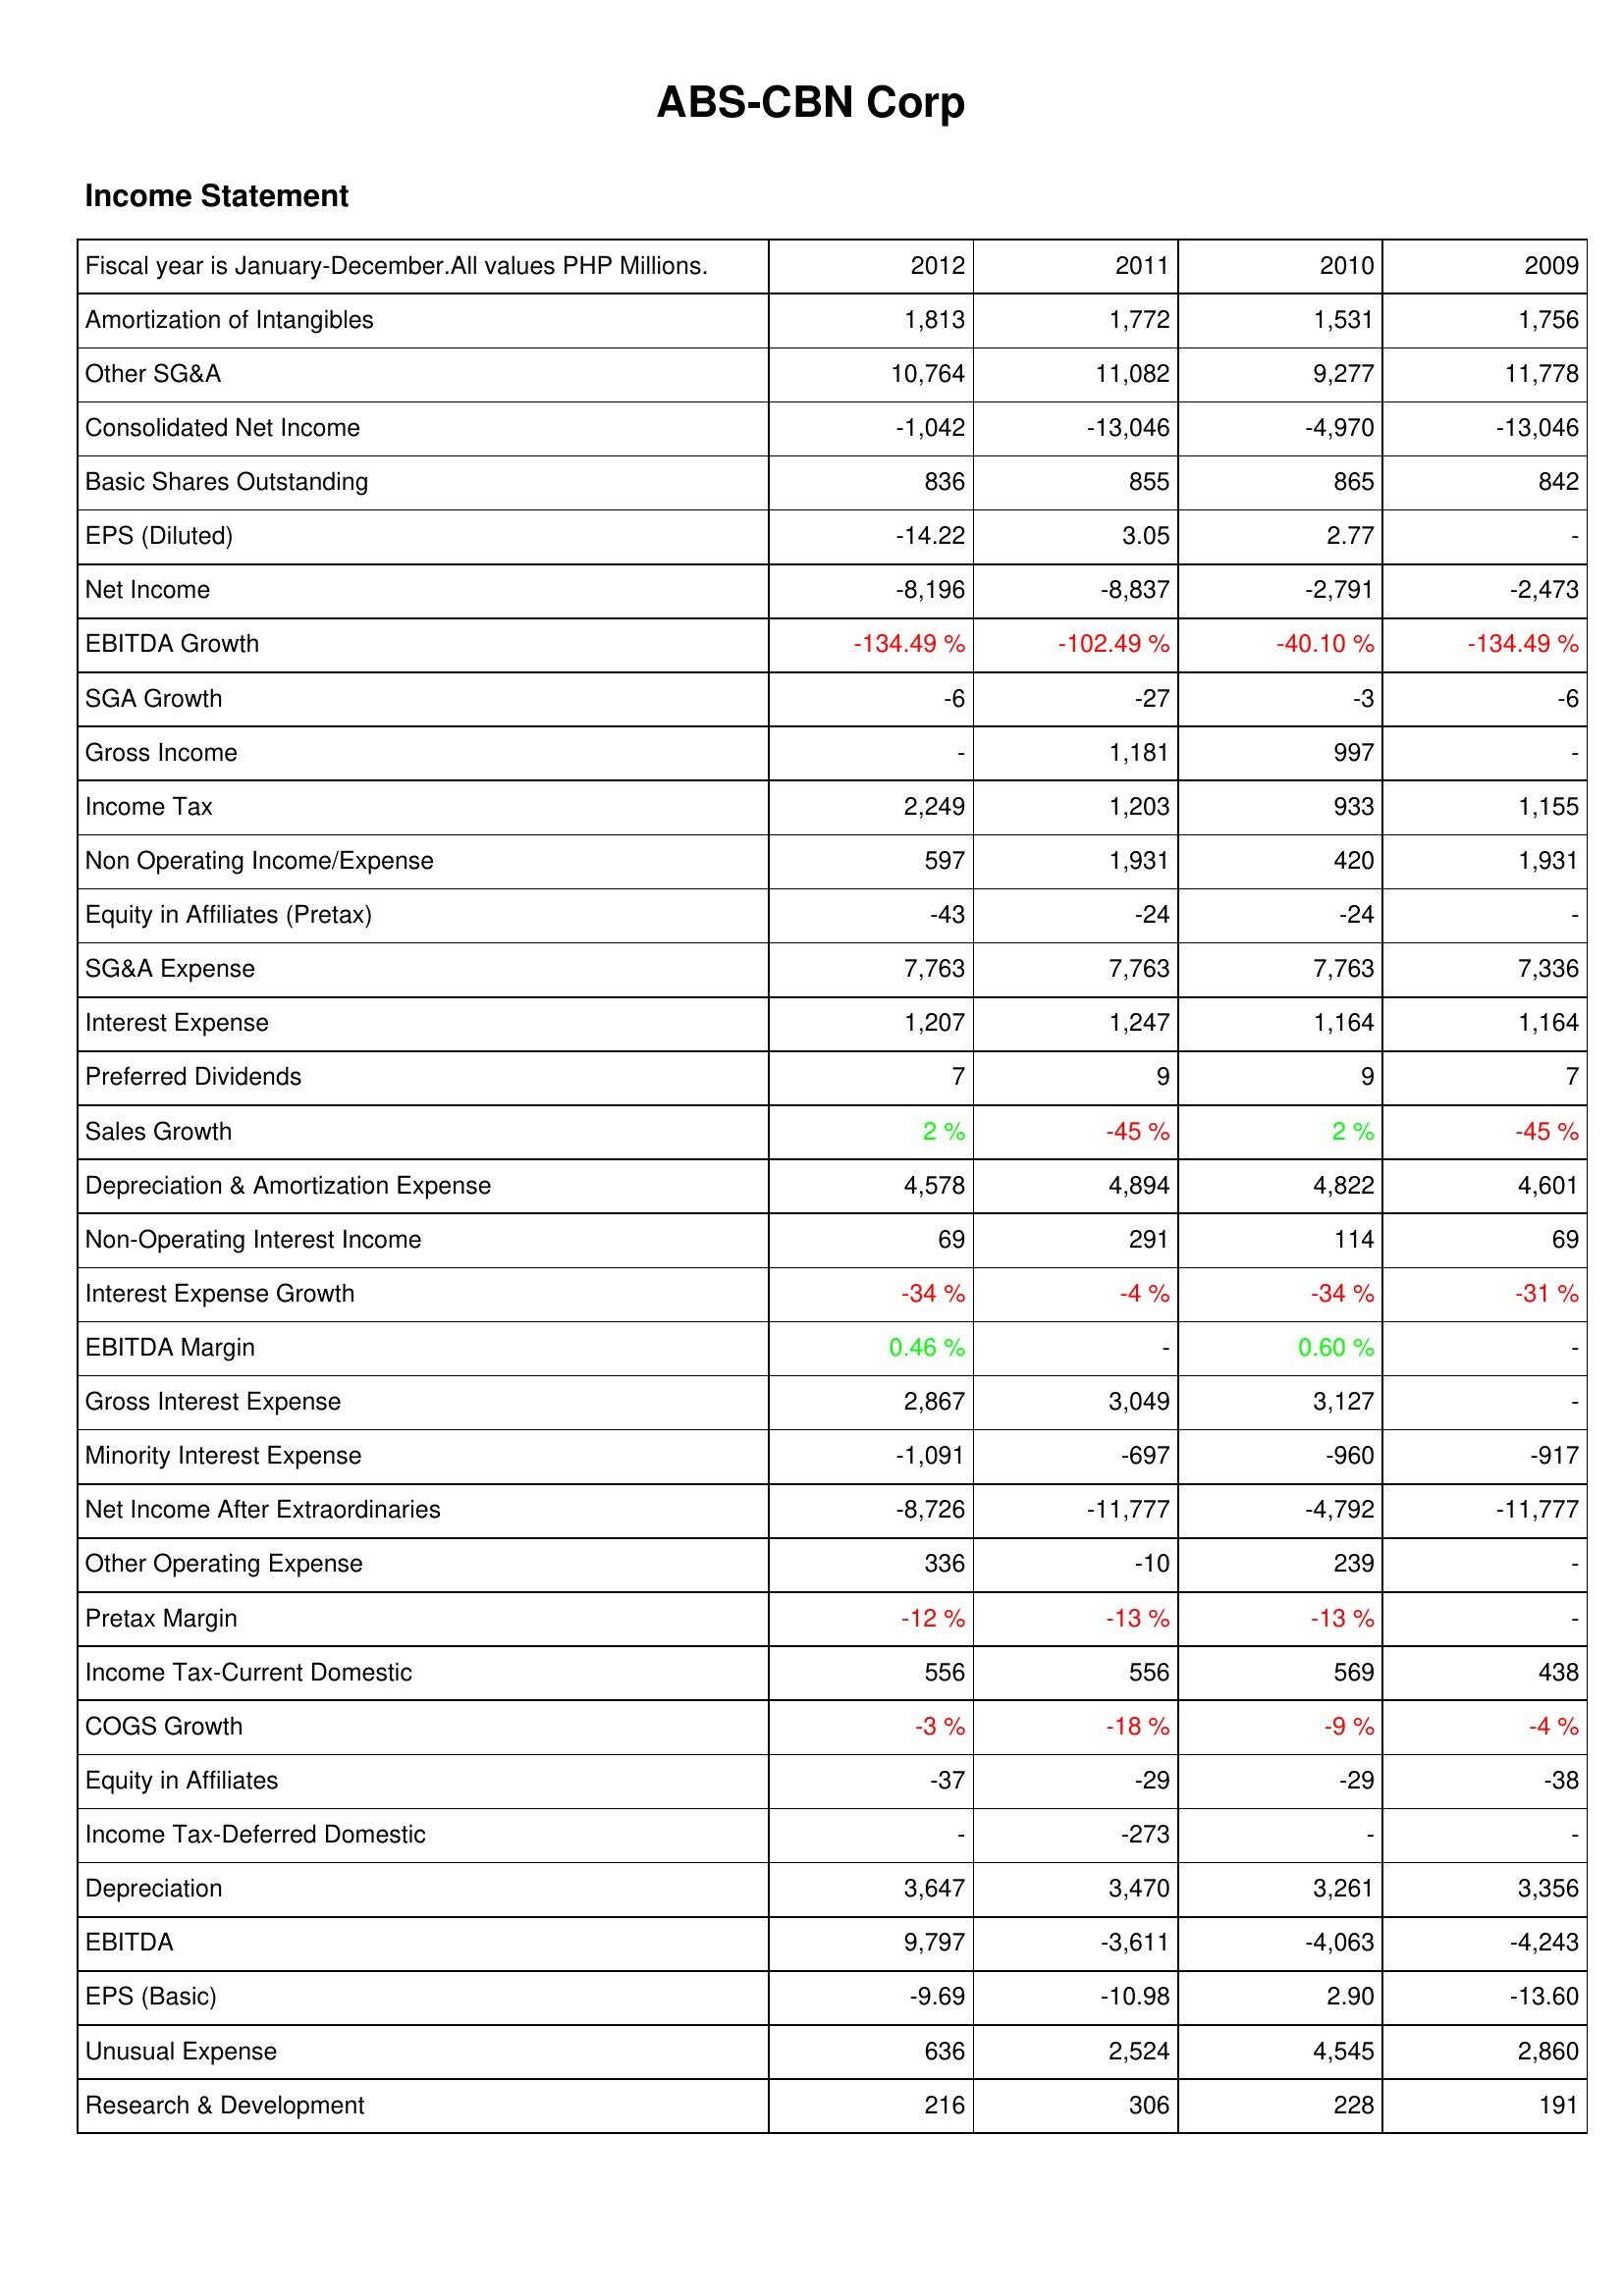
2012: Income Statement: Amortization of Intangibles: 1,813
Other SG&A: 10,764
Consolidated Net Income: -1,042
Basic Shares Outstanding: 836
EPS (Diluted): -14.22
Net Income: -8,196
EBITDA Growth: -134.49 %
SGA Growth: -6
Gross Income: -
Income Tax: 2,249
Non Operating Income/Expense: 597
Equity in Affiliates (Pretax): -43
SG&A Expense: 7,763
Interest Expense: 1,207
Preferred Dividends: 7
Sales Growth: 2 %
Depreciation & Amortization Expense: 4,578
Non-Operating Interest Income: 69
Interest Expense Growth: -34 %
EBITDA Margin: 0.46 %
Gross Interest Expense: 2,867
Minority Interest Expense: -1,091
Net Income After Extraordinaries: -8,726
Other Operating Expense: 336
Pretax Margin: -12 %
Income Tax-Current Domestic: 556
COGS Growth: -3 %
Equity in Affiliates: -37
Income Tax-Deferred Domestic: -
Depreciation: 3,647
EBITDA: 9,797
EPS (Basic): -9.69
Unusual Expense: 636
Research & Development: 216
2011: Income Statement: Amortization of Intangibles: 1,772
Other SG&A: 11,082
Consolidated Net Income: -13,046
Basic Shares Outstanding: 855
EPS (Diluted): 3.05
Net Income: -8,837
EBITDA Growth: -102.49 %
SGA Growth: -27
Gross Income: 1,181
Income Tax: 1,203
Non Operating Income/Expense: 1,931
Equity in Affiliates (Pretax): -24
SG&A Expense: 7,763
Interest Expense: 1,247
Preferred Dividends: 9
Sales Growth: -45 %
Depreciation & Amortization Expense: 4,894
Non-Operating Interest Income: 291
Interest Expense Growth: -4 %
EBITDA Margin: -
Gross Interest Expense: 3,049
Minority Interest Expense: -697
Net Income After Extraordinaries: -11,777
Other Operating Expense: -10
Pretax Margin: -13 %
Income Tax-Current Domestic: 556
COGS Growth: -18 %
Equity in Affiliates: -29
Income Tax-Deferred Domestic: -273
Depreciation: 3,470
EBITDA: -3,611
EPS (Basic): -10.98
Unusual Expense: 2,524
Research & Development: 306
2010: Income Statement: Amortization of Intangibles: 1,531
Other SG&A: 9,277
Consolidated Net Income: -4,970
Basic Shares Outstanding: 865
EPS (Diluted): 2.77
Net Income: -2,791
EBITDA Growth: -40.10 %
SGA Growth: -3
Gross Income: 997
Income Tax: 933
Non Operating Income/Expense: 420
Equity in Affiliates (Pretax): -24
SG&A Expense: 7,763
Interest Expense: 1,164
Preferred Dividends: 9
Sales Growth: 2 %
Depreciation & Amortization Expense: 4,822
Non-Operating Interest Income: 114
Interest Expense Growth: -34 %
EBITDA Margin: 0.60 %
Gross Interest Expense: 3,127
Minority Interest Expense: -960
Net Income After Extraordinaries: -4,792
Other Operating Expense: 239
Pretax Margin: -13 %
Income Tax-Current Domestic: 569
COGS Growth: -9 %
Equity in Affiliates: -29
Income Tax-Deferred Domestic: -
Depreciation: 3,261
EBITDA: -4,063
EPS (Basic): 2.90
Unusual Expense: 4,545
Research & Development: 228
2009: Income Statement: Amortization of Intangibles: 1,756
Other SG&A: 11,778
Consolidated Net Income: -13,046
Basic Shares Outstanding: 842
EPS (Diluted): -
Net Income: -2,473
EBITDA Growth: -134.49 %
SGA Growth: -6
Gross Income: -
Income Tax: 1,155
Non Operating Income/Expense: 1,931
Equity in Affiliates (Pretax): -
SG&A Expense: 7,336
Interest Expense: 1,164
Preferred Dividends: 7
Sales Growth: -45 %
Depreciation & Amortization Expense: 4,601
Non-Operating Interest Income: 69
Interest Expense Growth: -31 %
EBITDA Margin: -
Gross Interest Expense: -
Minority Interest Expense: -917
Net Income After Extraordinaries: -11,777
Other Operating Expense: -
Pretax Margin: -
Income Tax-Current Domestic: 438
COGS Growth: -4 %
Equity in Affiliates: -38
Income Tax-Deferred Domestic: -
Depreciation: 3,356
EBITDA: -4,243
EPS (Basic): -13.60
Unusual Expense: 2,860
Research & Development: 191